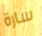
سارة